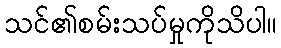
သင်၏စမ်းသပ်မှုကိုသိပါ။